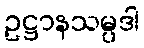
ဥဋ္ဌာနသမ္ပဒါ